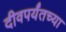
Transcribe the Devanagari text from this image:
दीवपर्यंतच्या